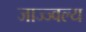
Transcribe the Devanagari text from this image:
जाज्ज्वल्य